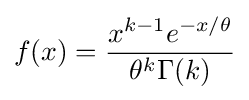
f(x)={\frac {x^{k-1}e^{-x/\theta }}{\theta ^{k}\Gamma (k)}}